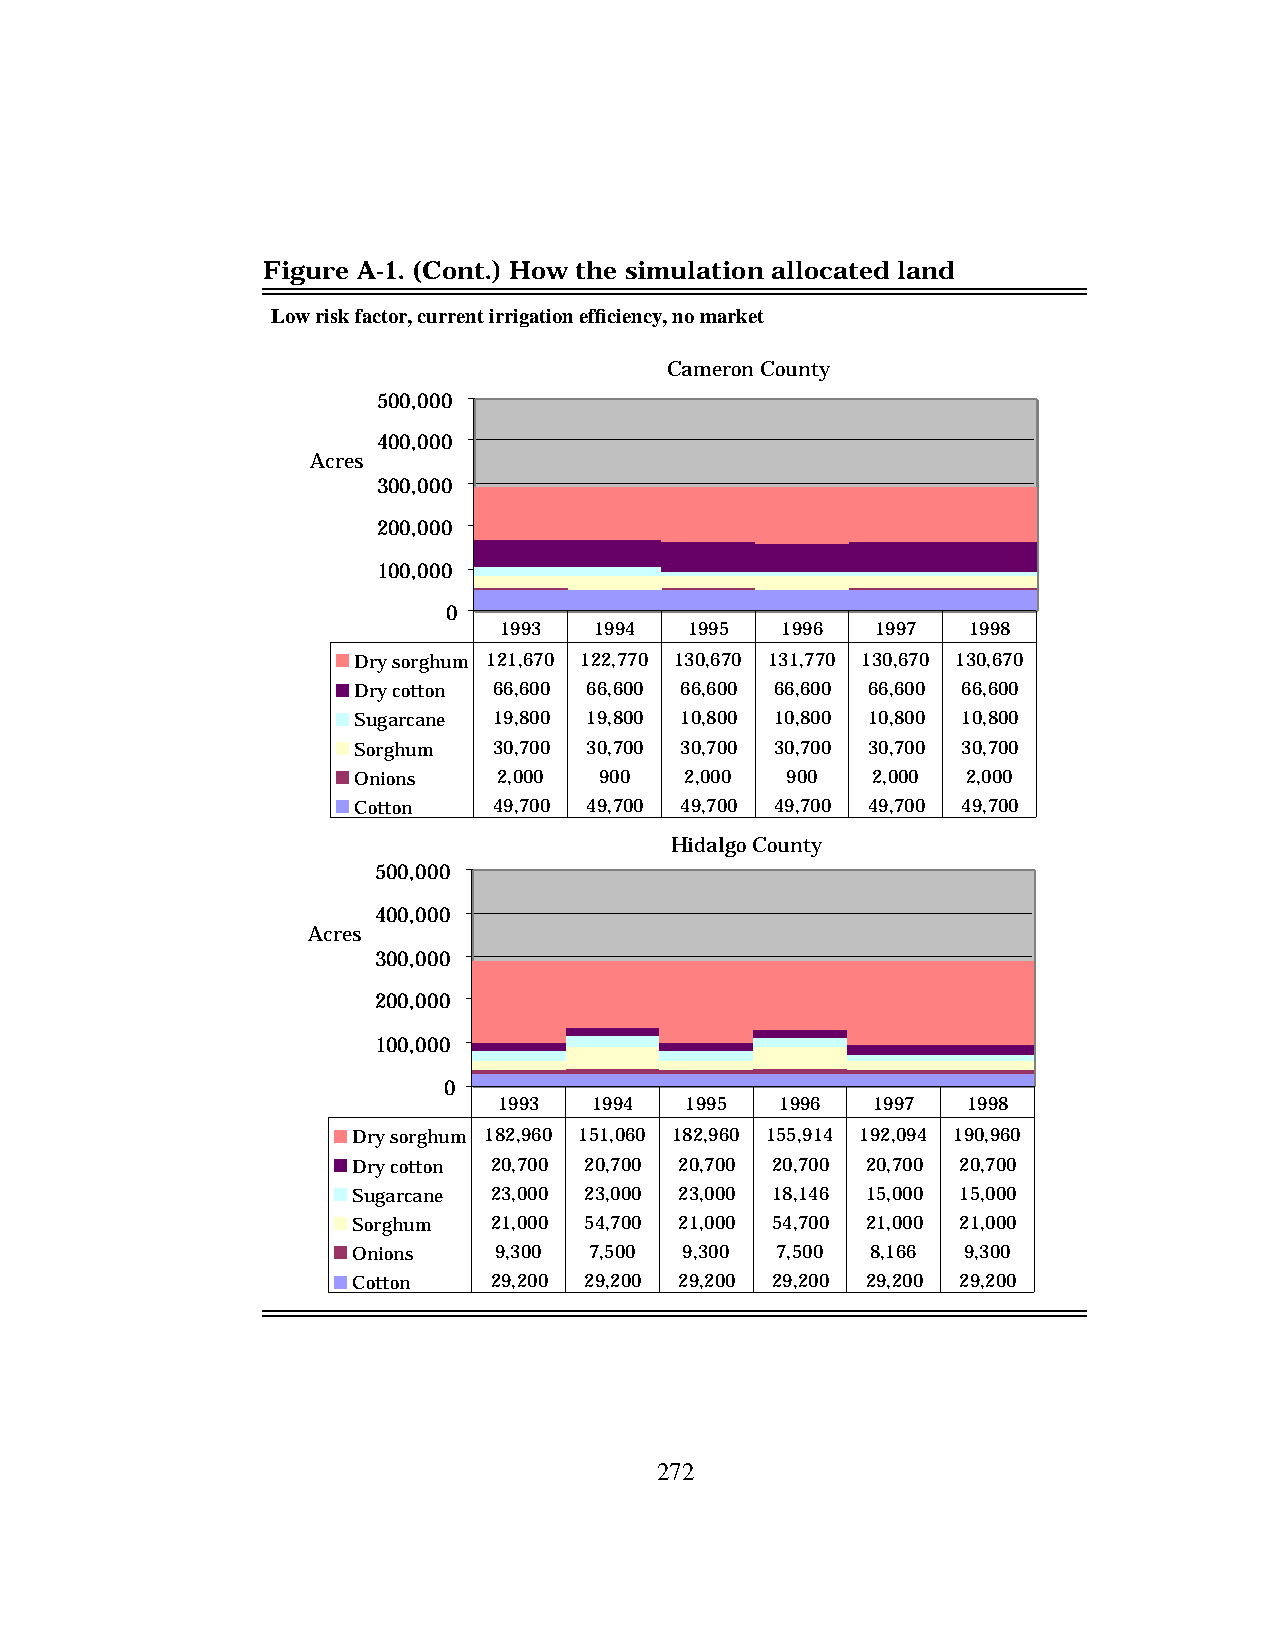
Figure A-1. (Cont.) How the simulation allocated land
 Low risk factor, current irrigation efficiency, no market
 Cameron County
 500,000
 400,000
 Acres
 300,000
 200,000
 100,000
 0
 1993  1994   1995  1996  1997  1998
 Dry sorghum 121,670 122,770 130,670 131,770 130,670 130,670
 Dry cotton 66,600 66,600 66,600 66,600 66,600 66,600
 Sugarcane 19,800 19,800 10,800 10,800 10,800 10,800
 Sorghum   30,700 30,700 30,700 30,700 30,700 30,700
 Onions    2,000  900  2,000  900   2,000 2,000
 Cotton    49,700 49,700 49,700 49,700 49,700 49,700
 Hidalgo County
 500,000
 400,000
 Acres
 300,000
 200,000
 100,000
 0
 1993  1994  1995   1996  1997  1998
 Dry sorghum 182,960 151,060 182,960 155,914 192,094 190,960
 Dry cotton 20,700 20,700 20,700 20,700 20,700 20,700
 Sugarcane 23,000 23,000 23,000 18,146 15,000 15,000
 Sorghum  21,000 54,700 21,000 54,700 21,000 21,000
 Onions    9,300 7,500 9,300 7,500  8,166 9,300
 Cotton   29,200 29,200 29,200 29,200 29,200 29,200
 272